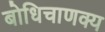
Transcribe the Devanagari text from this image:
बोधिचाणक्य